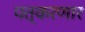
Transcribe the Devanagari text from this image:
पत्करणार